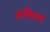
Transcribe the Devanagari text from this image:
शक्तिपाल